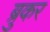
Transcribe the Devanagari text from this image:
ब्रुकर